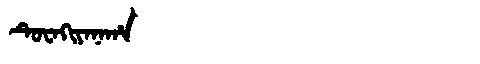
Manchu: ᡨᡠᠸᠠᡴᡳᠶᠠᠨᠠᡥᠠ
Romanization: TUWAKIYANAHA